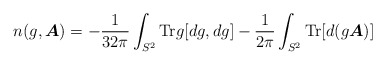
\begin{align*}n(g,\mbox{\boldmath$A$}) = -\frac{1}{32\pi}\int_{S^{2}} {\rm Tr}g [dg,dg] - \frac{1}{2\pi}\int_{S^{2}} {\rm Tr} [d(g \mbox{\boldmath$A$})]\end{align*}